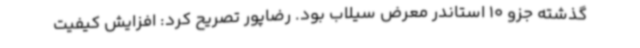
گذشته جزو 10 استاندر معرض سیلاب بود. رضاپور تصریح کرد: افزایش کیفیت